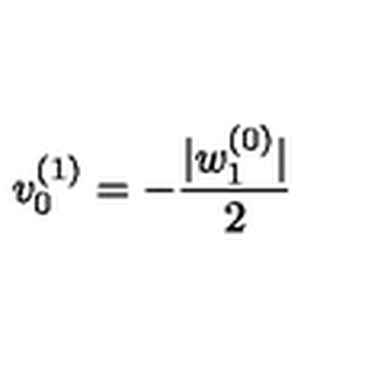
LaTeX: v _ { 0 } ^ { ( 1 ) } = - \frac { | w _ { 1 } ^ { ( 0 ) } | } { 2 }